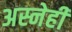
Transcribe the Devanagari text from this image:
अस्नेही